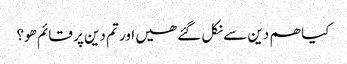
کیا ھم دین سے نکل گئے ھیں اور تم دین پر قائم ھو؟